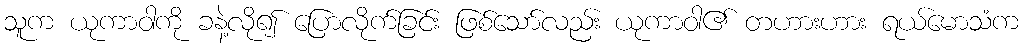
သူက ယုကာဝါကို ခနဲ့လို၍ ပြောလိုက်ခြင်း ဖြစ်သော်လည်း ယုကာဝါ၏ တဟားဟား ရယ်မောသံက